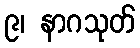
၉၊ နာဂသုတ်